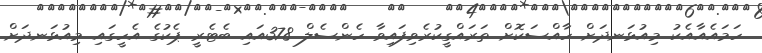
ހަމައެއާއެކު މިއުޅަނދަށް ހާއްސަކޮށް ތަރައްގީކުރެވިފައިވާ ހެންސެލް 378އައި ބެޓެރީ ޕެކުގެ އެހީގައި މިއުޅަނދަށް